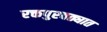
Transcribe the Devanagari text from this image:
रक्तपुरवठ्यात